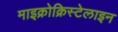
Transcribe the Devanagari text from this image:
माइक्रोक्रिस्टेलाइन